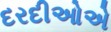
દરદીઓએ